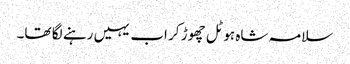
سلامہ شاہ ہوٹل چھوڑ کر اب یہیں رہنے لگا تھا۔